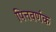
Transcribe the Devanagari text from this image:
पित्तवर्णक